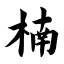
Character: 楠